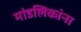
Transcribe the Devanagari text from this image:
मांडलिकांना